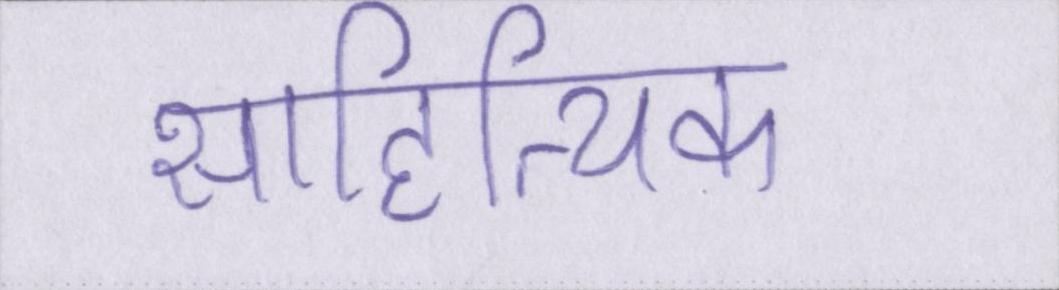
साहित्यिक